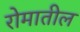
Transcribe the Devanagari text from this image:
रोमातील